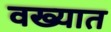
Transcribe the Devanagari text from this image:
वख्यात